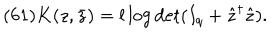
( 6 1 ) K ( z , \bar { z } ) = l \log \det ( I _ { q } + \hat { z } ^ { \dagger } \hat { z } ) .